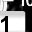
Digit: 1